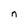
Character: n